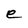
Character: e